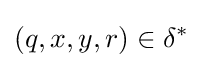
(q,x,y,r)\in \delta ^{*}